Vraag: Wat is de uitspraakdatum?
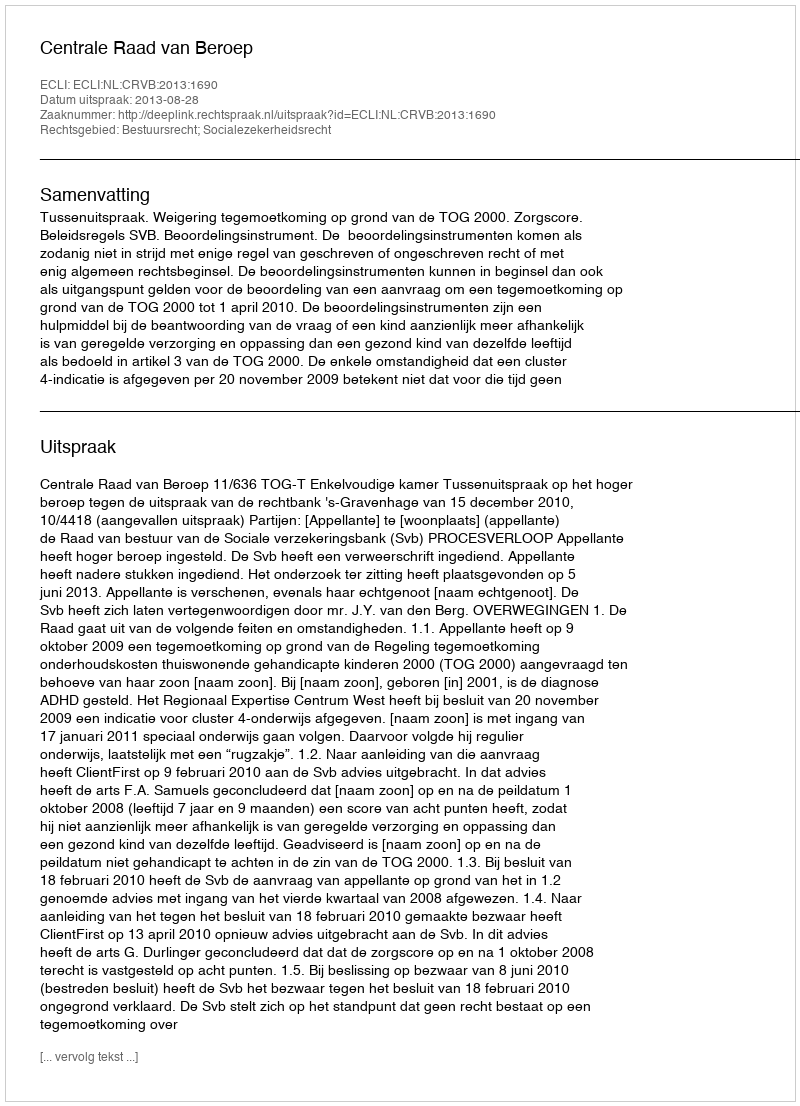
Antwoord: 2013-08-28